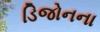
ડિજોનના